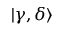
| \gamma , \delta \rangle